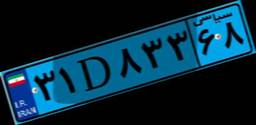
۶۹D۵۷۶۷۹